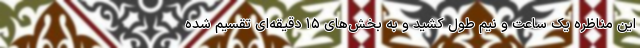
این مناظره یک ساعت و نیم طول کشید و به بخش‌های ۱۵ دقیقه‌ای تقسیم شده